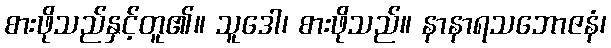
စားဖိုသည်နှင့်တူ၏။ သူဒေါ၊ စားဖိုသည်။ နာနာရသဘောဇနံ၊